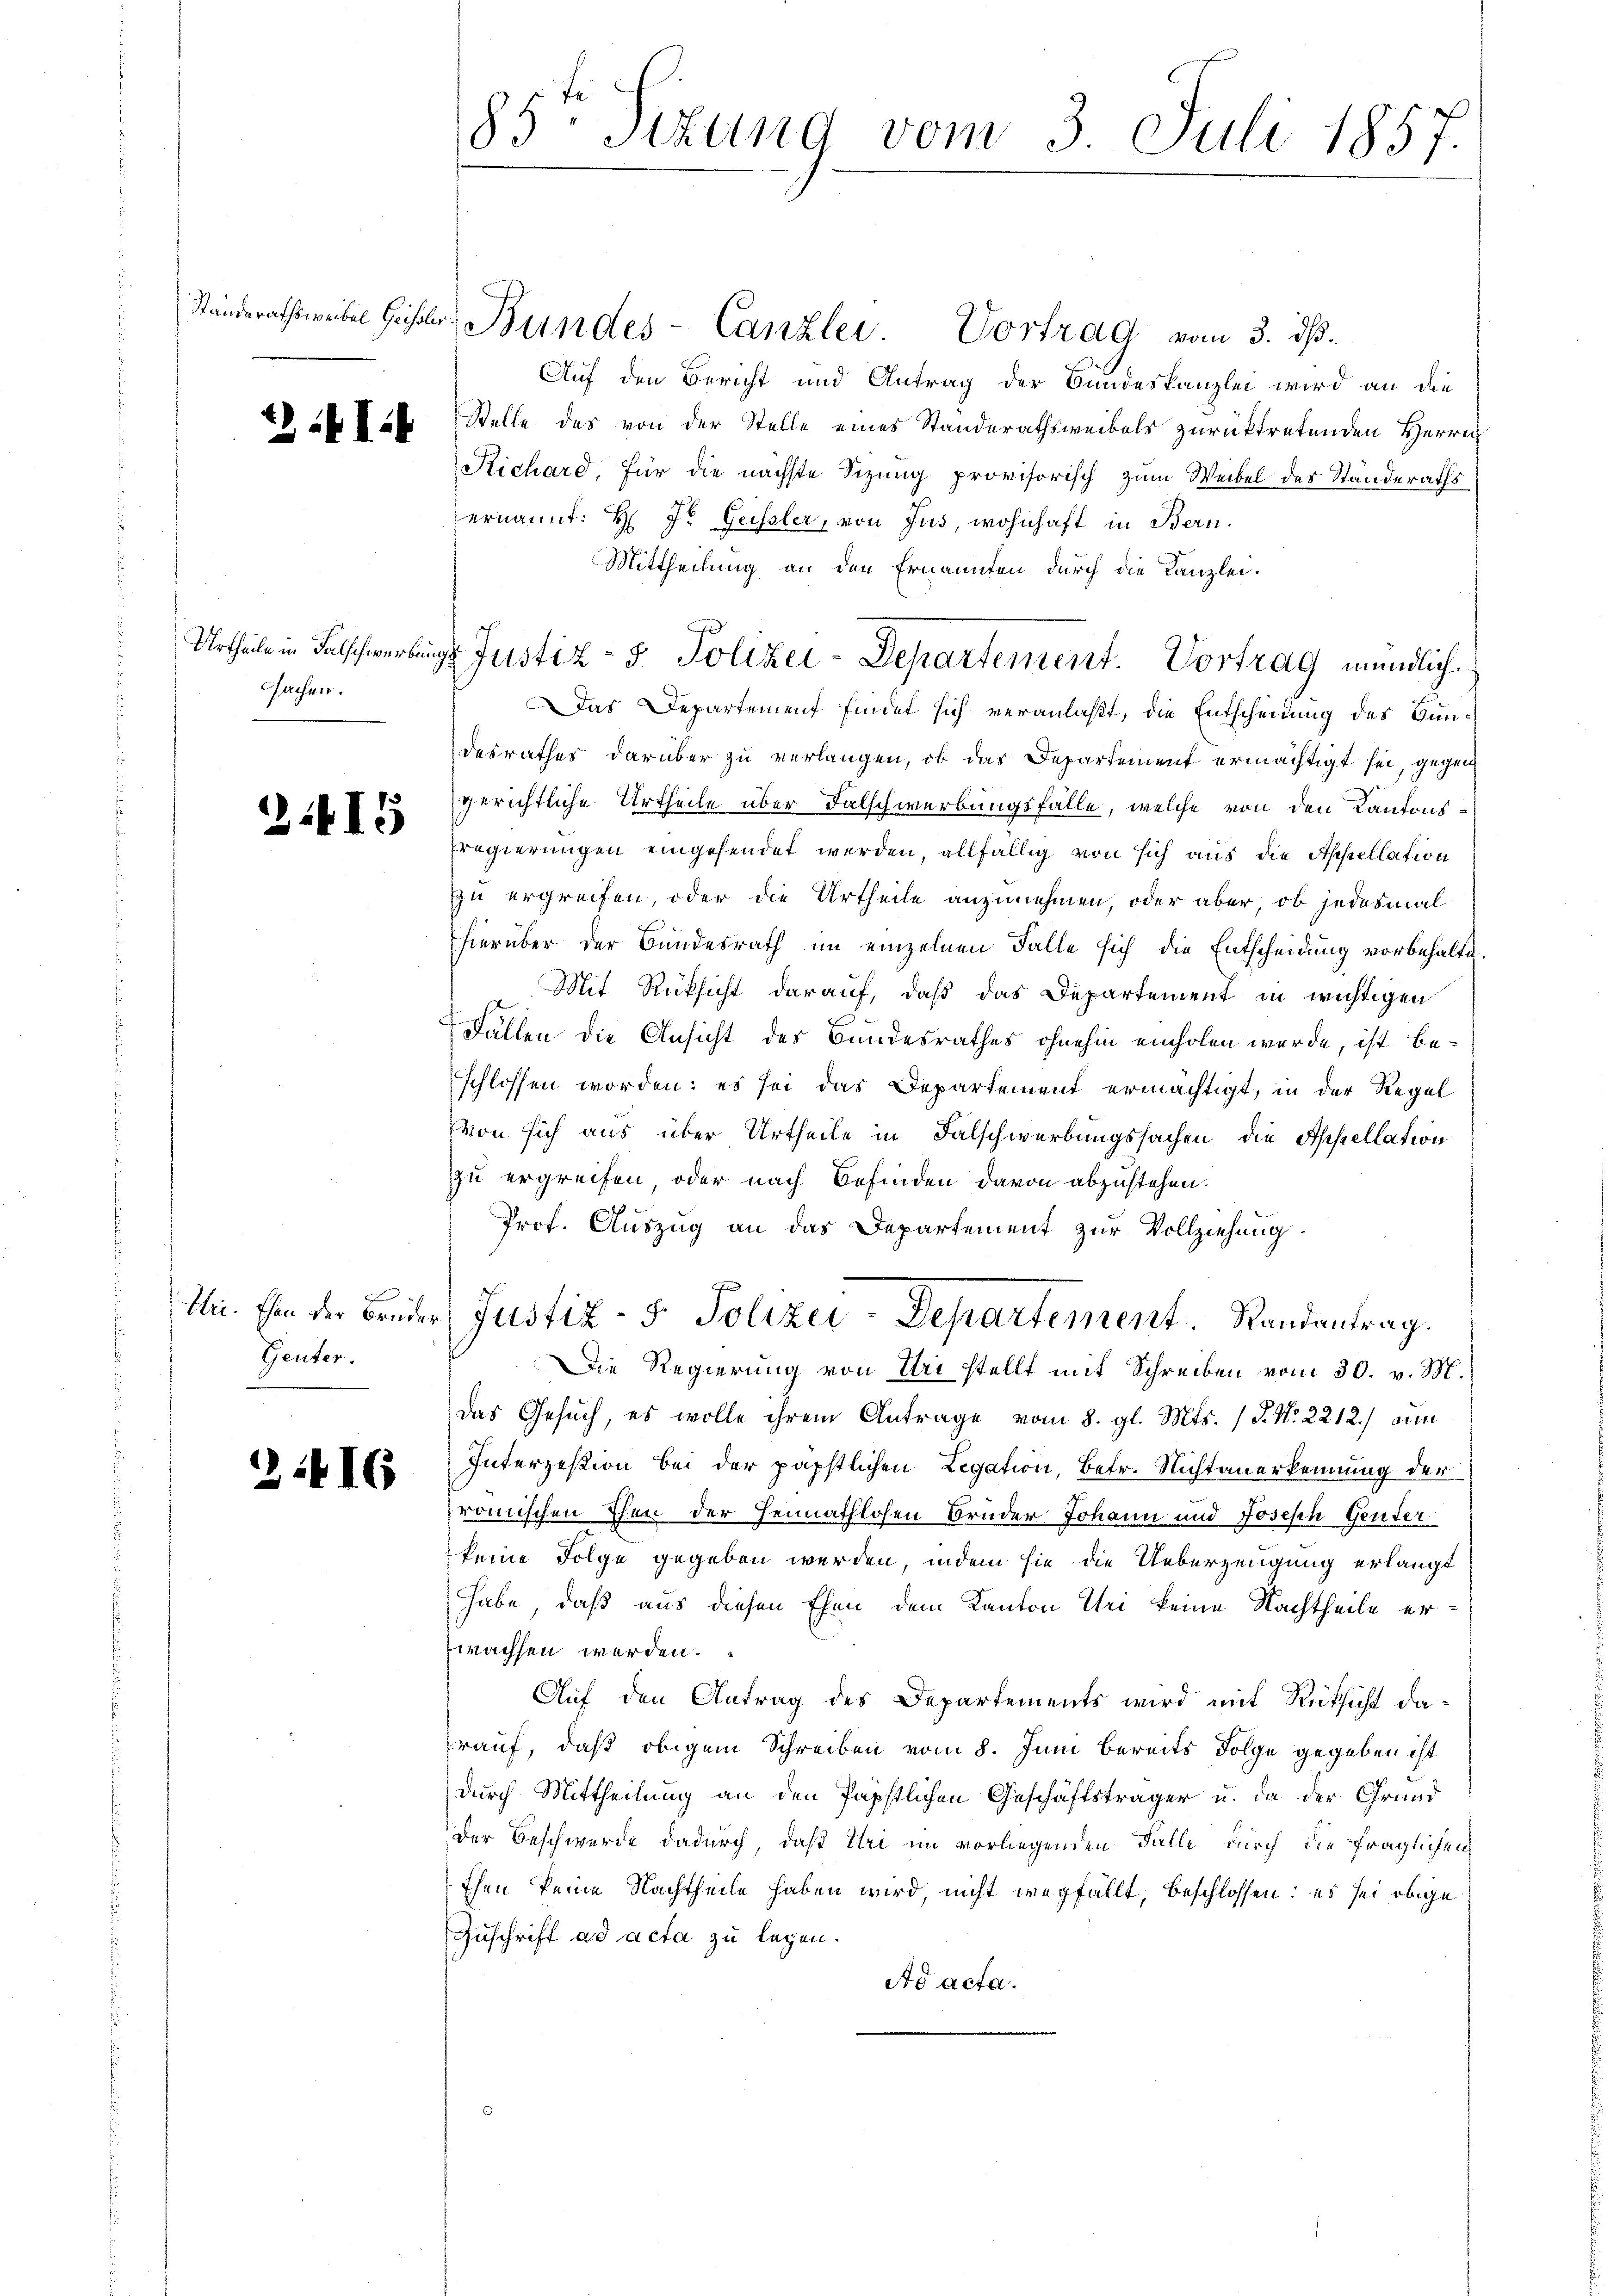
12 in I

Urtheile in Falschwerben
sachen.

3.415

Wei. Ehen der Brüder
Geuter.

21416

85. Sitzung vom 3. Juli 1857.

Auf den Bericht und Antrag der Bundeskanzlei wird an die
Stelle des von der Stelle eines Standerathsweibels zurücktretenden Herrn
Richard, für die nächste Sitzung provisorisch zum Weibel des Ständeraths
ernannt: H. J. Geissler, von Jus, wohnhaft in Bern.
Mittheilung an den Ernannten durch die Kanzlei.
Das Departement findet sich veranlaßt, die Entscheidung des Bundesrathes darüber zu verlangen, ob das Departement ermächtigt sei, gegengerichtliche Urtheile über Falschwerbungsfälle, welche von den Kantons¬
Fregierungen eingefendet werden, allfällig von sich aus die Appellation
zu ergreifen, oder die Urtheile anzunehmen, oder aber, ob jedesmal
hierüber der Bundesrath im einzelnen Falle sich die Entscheidung vorbehalte.
Mit Rücksicht darauf, daß das Departement in wichtigen
Fällen die Ansicht des Bundesrathes ohnehin einholen werde, ist beschlossen worden; es sei das Departement ermächtigt, in der Regel
von sich aus über Urtheile in Falschwerbungssachen, die Appellation
zu ergreifen oder nach Befinden davon abzustehen.
Prof. Auszug an das Departement zur Vollziehung.
u
Justiz- & Polizei-Departement. Randantrag.
Die Regierung von Uri stellt mit Schreiben vom 30. v. M.
das Gesuch, es wolle ihrem Antrage vom 8. gl. Mts. (T. N. 2212.) am
Interzesion bei der päpstlichen Legation, betr. Nichtanerkennung der
römischen Then der Heimathlosen Bruder Johann und Joseph Genter
keine Folge gegeben werden, indem sie die Ueberzeugung erlangt
habe, daß aus diesen Ehen dem Kanton Uri keine Nachtheile er
wachsen werden.
Auf den Antrag des Departements wird mit Rücksicht darauf, daß obigem Schreiben vom 8. Juni bereits Folge gegeben ist
durch Mittheilung an den Papstlichen Geschäftsträger u. da der Grund
der Beschwerde dadurch, daß Uri im vorliegenden Falle durch die fraglichen
Ehen keine Nachtheile haben wird, nicht wegfällt, beschlossen: es sei obige
Zuschrift ad acta zu legen.
Ad acta.

Standerathsweiser Gisler Bundes-Canzlei. Vortrag vom 3. ds.

g. Justiz- & Polizei-Departement. Vortrag mündlich